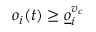
o _ { i } ( t ) \geq \underline { o } _ { i } ^ { v _ { c } }